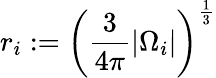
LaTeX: r_{i}:=\left(\frac{3}{4\pi}|\Omega_{i}|\right)^{\frac{1}{3}}